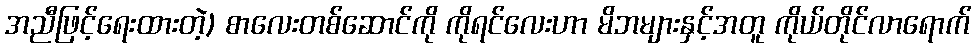
အညီဖြင့်ရေးထားတဲ့) စာလေးတစ်ဆောင်ကို ကိုရင်လေးဟာ မိဘများနှင့်အတူ ကိုယ်တိုင်လာရောက်